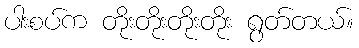
ပါးစပ်က တိုးတိုးတိုးတိုး ရွတ်တယ်။